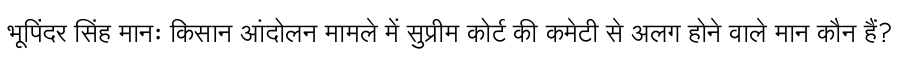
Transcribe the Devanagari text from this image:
भूपिंदर सिंह मानः किसान आंदोलन मामले में सुप्रीम कोर्ट की कमेटी से अलग होने वाले मान कौन हैं?